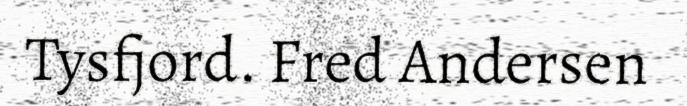
Tysfjord. Fred Andersen